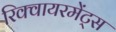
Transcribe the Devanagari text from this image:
रिक्वायरमेंट्स